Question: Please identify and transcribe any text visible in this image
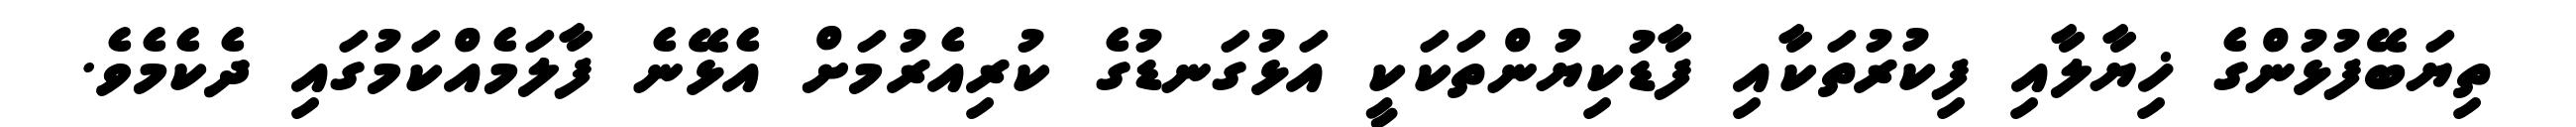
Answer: ތިޔަބޭފުޅުންގެ ޚިޔާލާއި ފިކުރުތަކާއި ފާޑުކިޔުންތަކަކީ އަޅުގަނޑުގެ ކުރިއެރުމަށް އެޅޭނެ ފާލަމެއްކަމުގައި ދެކެމެވެ.